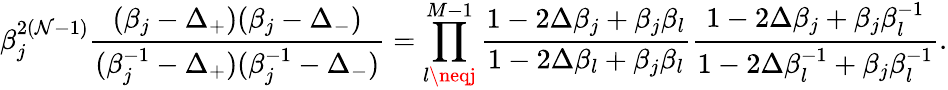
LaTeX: \beta_{j}^{2(\mathcal{N}-1)}\frac{{(\beta_{j}-\Delta_{+})(\beta_{j}-\Delta_{-})}}{{(\beta_{j}^{-1}-\Delta_{+})(\beta_{j}^{-1}-\Delta_{-})}}=\prod_{l\neqj}^{M-1}\frac{{1-2\Delta\beta_{j}+\beta_{j}\beta_{l}}}{{1-2\Delta\beta_{l}+\beta_{j}\beta_{l}}}\frac{{1-2\Delta\beta_{j}+\beta_{j}\beta_{l}^{-1}}}{{1-2\Delta\beta_{l}^{-1}+\beta_{j}\beta_{l}^{-1}}}.